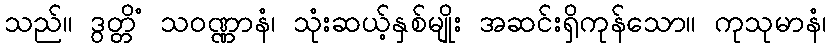
သည်။ ဒွတ္တိံ သဝဏ္ဏာနံ၊ သုံးဆယ့်နှစ်မျိုး အဆင်းရှိကုန်သော။ ကုသုမာနံ၊